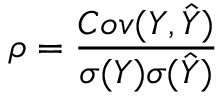
\rho = \frac { C o v ( Y , \hat { Y } ) } { \sigma ( Y ) \sigma ( \hat { Y } ) }